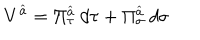
LaTeX: V ^ { \widehat { a } } = \Pi _ { \tau } ^ { \widehat { a } } \: d \tau + \Pi _ { \sigma } ^ { \widehat { a } } \: d \sigma